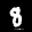
Label: 8